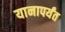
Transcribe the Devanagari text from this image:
यानापर्यंत